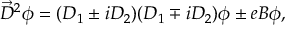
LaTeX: \vec { D } ^ { 2 } \phi = ( D _ { 1 } \pm i D _ { 2 } ) ( D _ { 1 } \mp i D _ { 2 } ) \phi \pm e B \phi ,